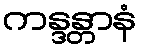
ကန္ဒန္တာနံ